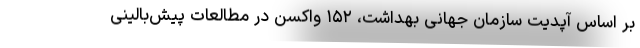
بر اساس آپدیت سازمان جهانی بهداشت، ۱۵۲ واکسن در مطالعات پیش‌بالینی